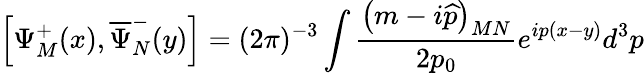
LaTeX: \left[\Psi_{M}^{+}(x),\overline{{{\Psi}}}_{N}^{-}(y)\right]=(2\pi)^{-3}\int\frac{\left(m-i\widehat{p}\right)_{MN}}{2p_{0}}e^{ip(x-y)}d^{3}p